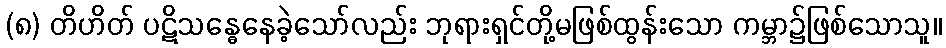
(၈) တိဟိတ် ပဋိသန္ဓေနေခဲ့သော်လည်း ဘုရားရှင်တို့မဖြစ်ထွန်းသော ကမ္ဘာ၌ဖြစ်သောသူ။